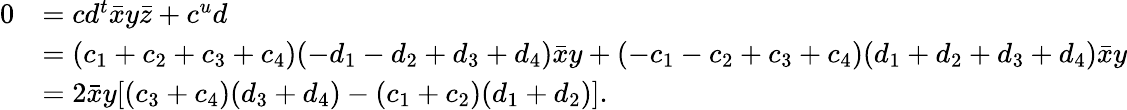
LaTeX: \begin{array}{rl}{0}&{=cd^{t}\bar{x}y\bar{z}+c^{u}d}\\ &{=(c_{1}+c_{2}+c_{3}+c_{4})(-d_{1}-d_{2}+d_{3}+d_{4})\bar{x}y+(-c_{1}-c_{2}+c_{3}+c_{4})(d_{1}+d_{2}+d_{3}+d_{4})\bar{x}y}\\ &{=2\bar{x}y[(c_{3}+c_{4})(d_{3}+d_{4})-(c_{1}+c_{2})(d_{1}+d_{2})].}\end{array}